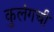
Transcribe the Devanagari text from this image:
कुलंगची